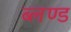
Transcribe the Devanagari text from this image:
ब्लण्ड